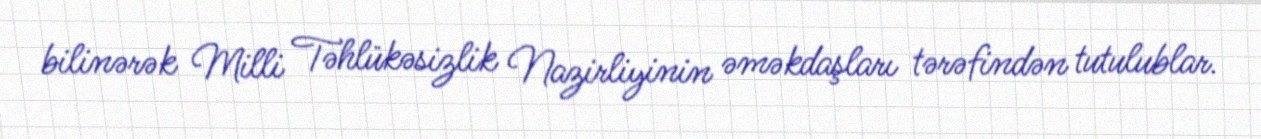
bilinərək Milli Təhlükəsizlik Nazirliyinin əməkdaşları tərəfindən tutulublar.